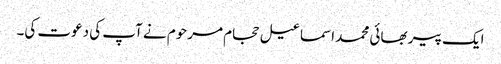
ایک پیر بھائی محمد اسماعیل حجام مرحوم نے آپ کی دعوت کی۔